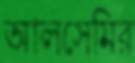
আলসেমির